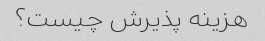
هزینه پذیرش چیست؟